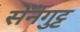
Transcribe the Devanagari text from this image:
सेनगुट्ट